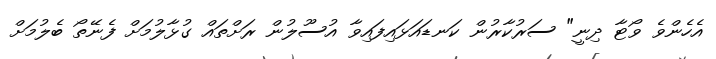
އެހެންވެ ވޯޓާ ދިނީ" ސަރުކާރުން ކަނޑައަޅައިފައިވާ އުސޫލުން ރަށްތައް ގުޅާލުމަށް ފެނޭތޯ ބެލުމަށް